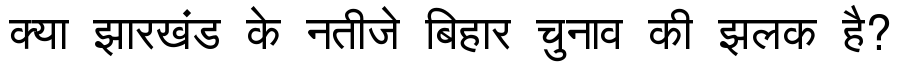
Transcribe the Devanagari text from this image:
क्या झारखंड के नतीजे बिहार चुनाव की झलक है?